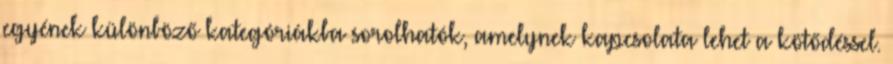
egyének különböző kategóriákba sorolhatók, amelynek kapcsolata lehet a kötődéssel.